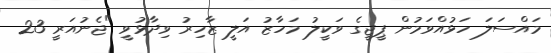
މައްސަލަ ހަޅުއްވަމުން ޕީޖީގެ ވަކީލު މަހާޒު އަލީ ޒާހިރު ވިދާޅުވީ "ޖެނުއަރީ 23